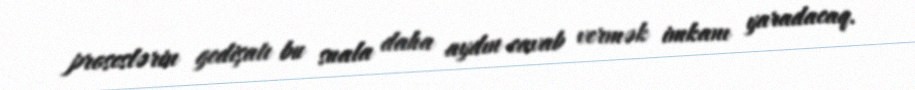
proseslərin gedişatı bu suala daha aydın cavab vermək imkanı yaradacaq.